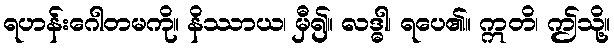
ရဟန်းဂေါတမကို။ နိဿာယ၊ မှီ၍။ လဒ္ဓါ၊ ရပေ၏။ ဣတိ၊ ဤသို့။